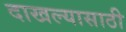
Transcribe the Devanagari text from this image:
दाखल्यासाठी